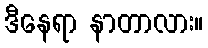
ဒီနေရာ နာတာလား။